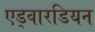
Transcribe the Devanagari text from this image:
एड्वारडियन